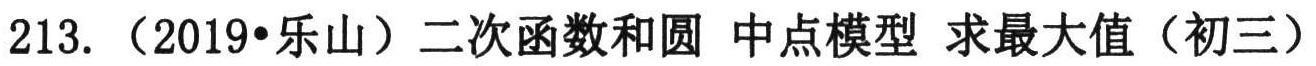
213. （2019•乐山）二次函数和圆 中点模型 求最大值（初三）